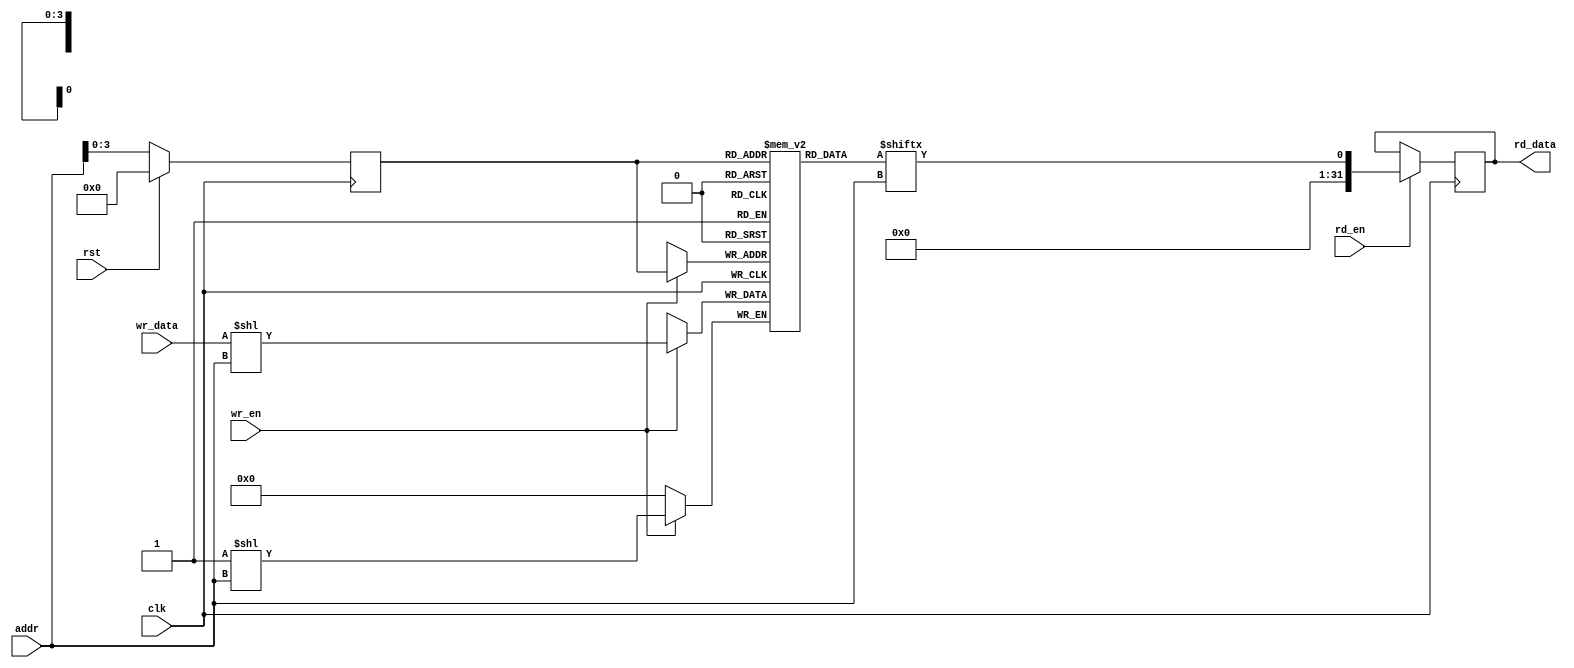
module SDRAM (
    input wire clk,
    input wire rst,
    input wire [7:0] addr,
    input wire wr_en,
    input wire rd_en,
    input wire [31:0] wr_data,
    output reg [31:0] rd_data
);

parameter MEMORY_BLOCK_SIZE = 32; // Number of bits in each Memory Block
parameter NUM_MEMORY_BLOCKS = 16; // Total number of Memory Blocks
reg [31:0] memory [0:NUM_MEMORY_BLOCKS-1]; // Array of Memory Blocks

// Address decoding logic
reg [3:0] block_select;
always @ (posedge clk) begin
    if (rst) begin
        block_select <= 4'b0000;
    end else begin
        block_select <= addr[3:0];
    end
end

// Read and Write operations
always @ (posedge clk) begin
    if (wr_en) begin
        memory[block_select][addr[7:0]] <= wr_data;
    end
    if (rd_en) begin
        rd_data <= memory[block_select][addr[7:0]];
    end
end

endmodule